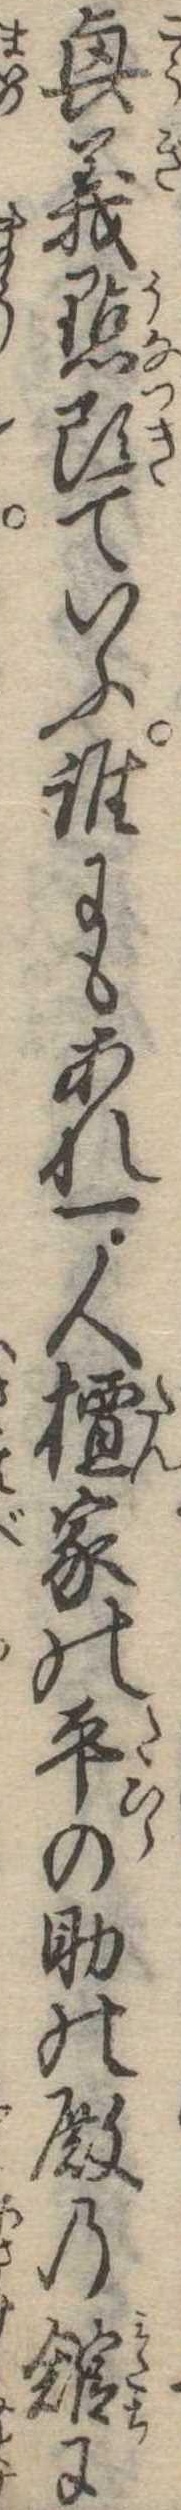
興義点頭ていふ誰にもあれ一人檀家の平の助の殿の館に